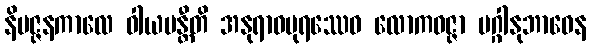
နိပဇ္ဇနကာလေ ဝါယမန္တီတိ အနုရာဓပုရဿေဝ လောကဝဇ္ဇာ မဂ္ဂါနုဘာဝေန